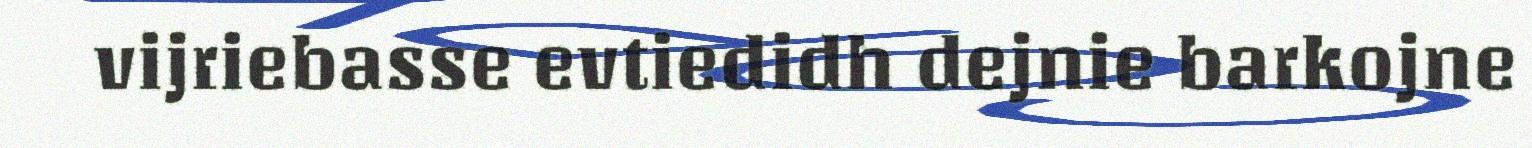
vijriebasse evtiedidh dejnie barkojne